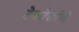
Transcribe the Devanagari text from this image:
देवदेतांचे